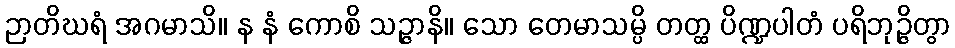
ဉာတိဃရံ အဂမာသိ။ န နံ ကောစိ သဉ္ဇာနိ။ သော တေမာသမ္ပိ တတ္ထ ပိဏ္ဍပါတံ ပရိဘုဉ္ဇိတွာ